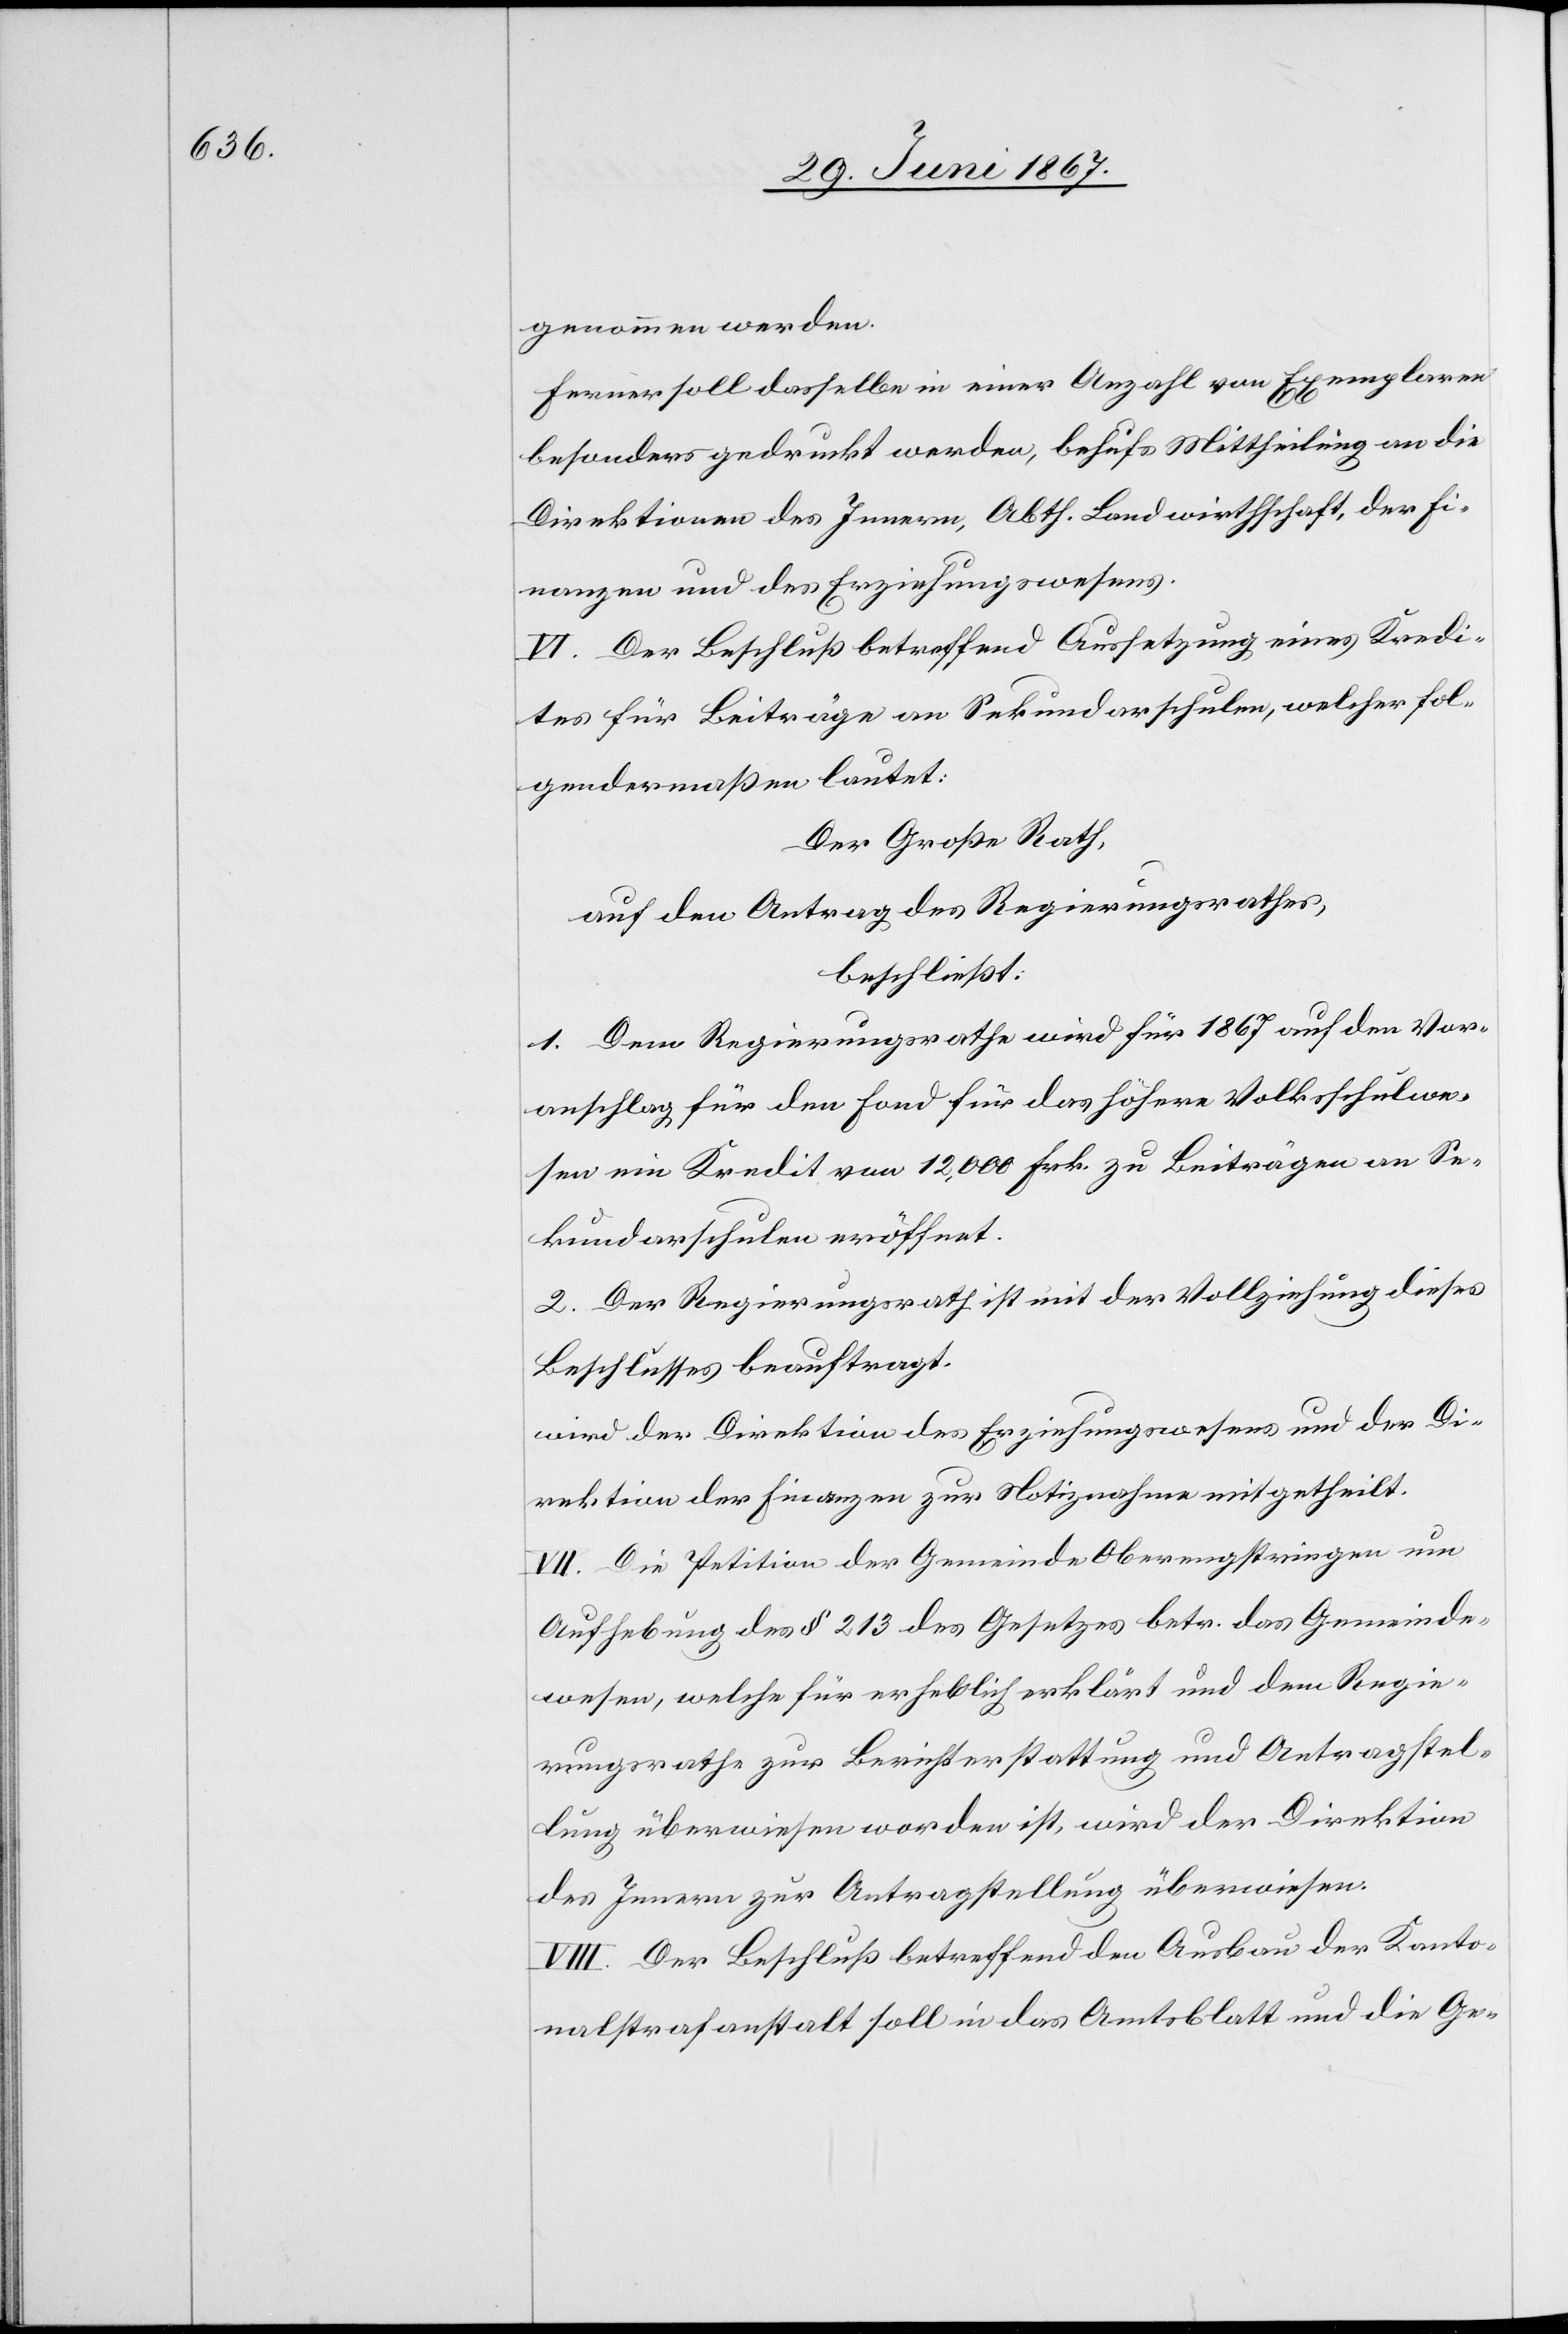
genommen werden.
Ferner soll dasselbe in einer Anzahl von Exemplaren
besonders gedruckt werden, behufs Mittheilung an die
Direktionen des Innern, Abth. Landwirthschaft, der Fi¬
nanzen und des Erziehungswesens.
IV. Der Beschluß betreffend Aussetzung eines Kredi¬
tes für Beiträge an Sekundarschulen, welche fol¬
gendermaßen lautet:
Der Große Rath,
auf den Antrag des Regierungsrathes,
beschließt:
1. Dem Regierungsrathe wird für 1867 auf den Vor¬
anschlag für den Fond für das höhere Volksschulwe¬
sen ein Kredit von 12 000 Frk. zu Beiträgen an Se¬
kundarschulen eröffnet.
2. Der Regierungsrath ist mit der Vollziehung dieses
Beschlusses beauftragt.
wird der Direktion des Erziehungswesens und der Di¬
rektion der Finanzen zur Notiznahme mitgetheilt.
VII. Die Petition der Gemeinde Oberengstringen um
Aufhebung des § 213 des Gesetzes betr. das Gemeinde¬
wesen, welche für erheblich erklärt und dem Regie¬
rungsrathe zur Berichterstattung und Antragstel¬
lung überwiesen worden ist, wird der Direktion
des Innern zur Antragstellung überwiesen.
VIII. Der Beschluß betreffend den Ausbau der Kanto¬
nalstrafanstalt soll in das Amtsblatt und die Ge-